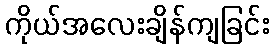
ကိုယ်အလေးချိန်ကျခြင်း